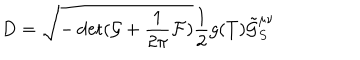
LaTeX: D = \sqrt { - \det ( \mathcal { G } + \frac { 1 } { 2 \pi } \mathcal { F } ) } \frac { 1 } { 2 } g ( T ) \tilde { \mathcal { G } } _ { S } ^ { \mu \nu }